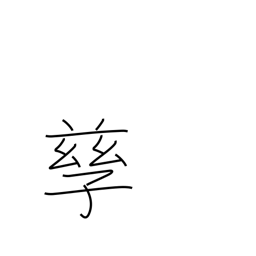
Meaning: bear children